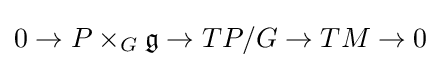
0\to P\times _{G}{\mathfrak {g}}\to TP/G\to TM\to 0